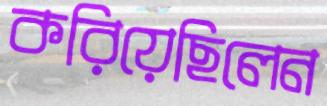
করিয়েছিলেন